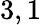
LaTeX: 3,1